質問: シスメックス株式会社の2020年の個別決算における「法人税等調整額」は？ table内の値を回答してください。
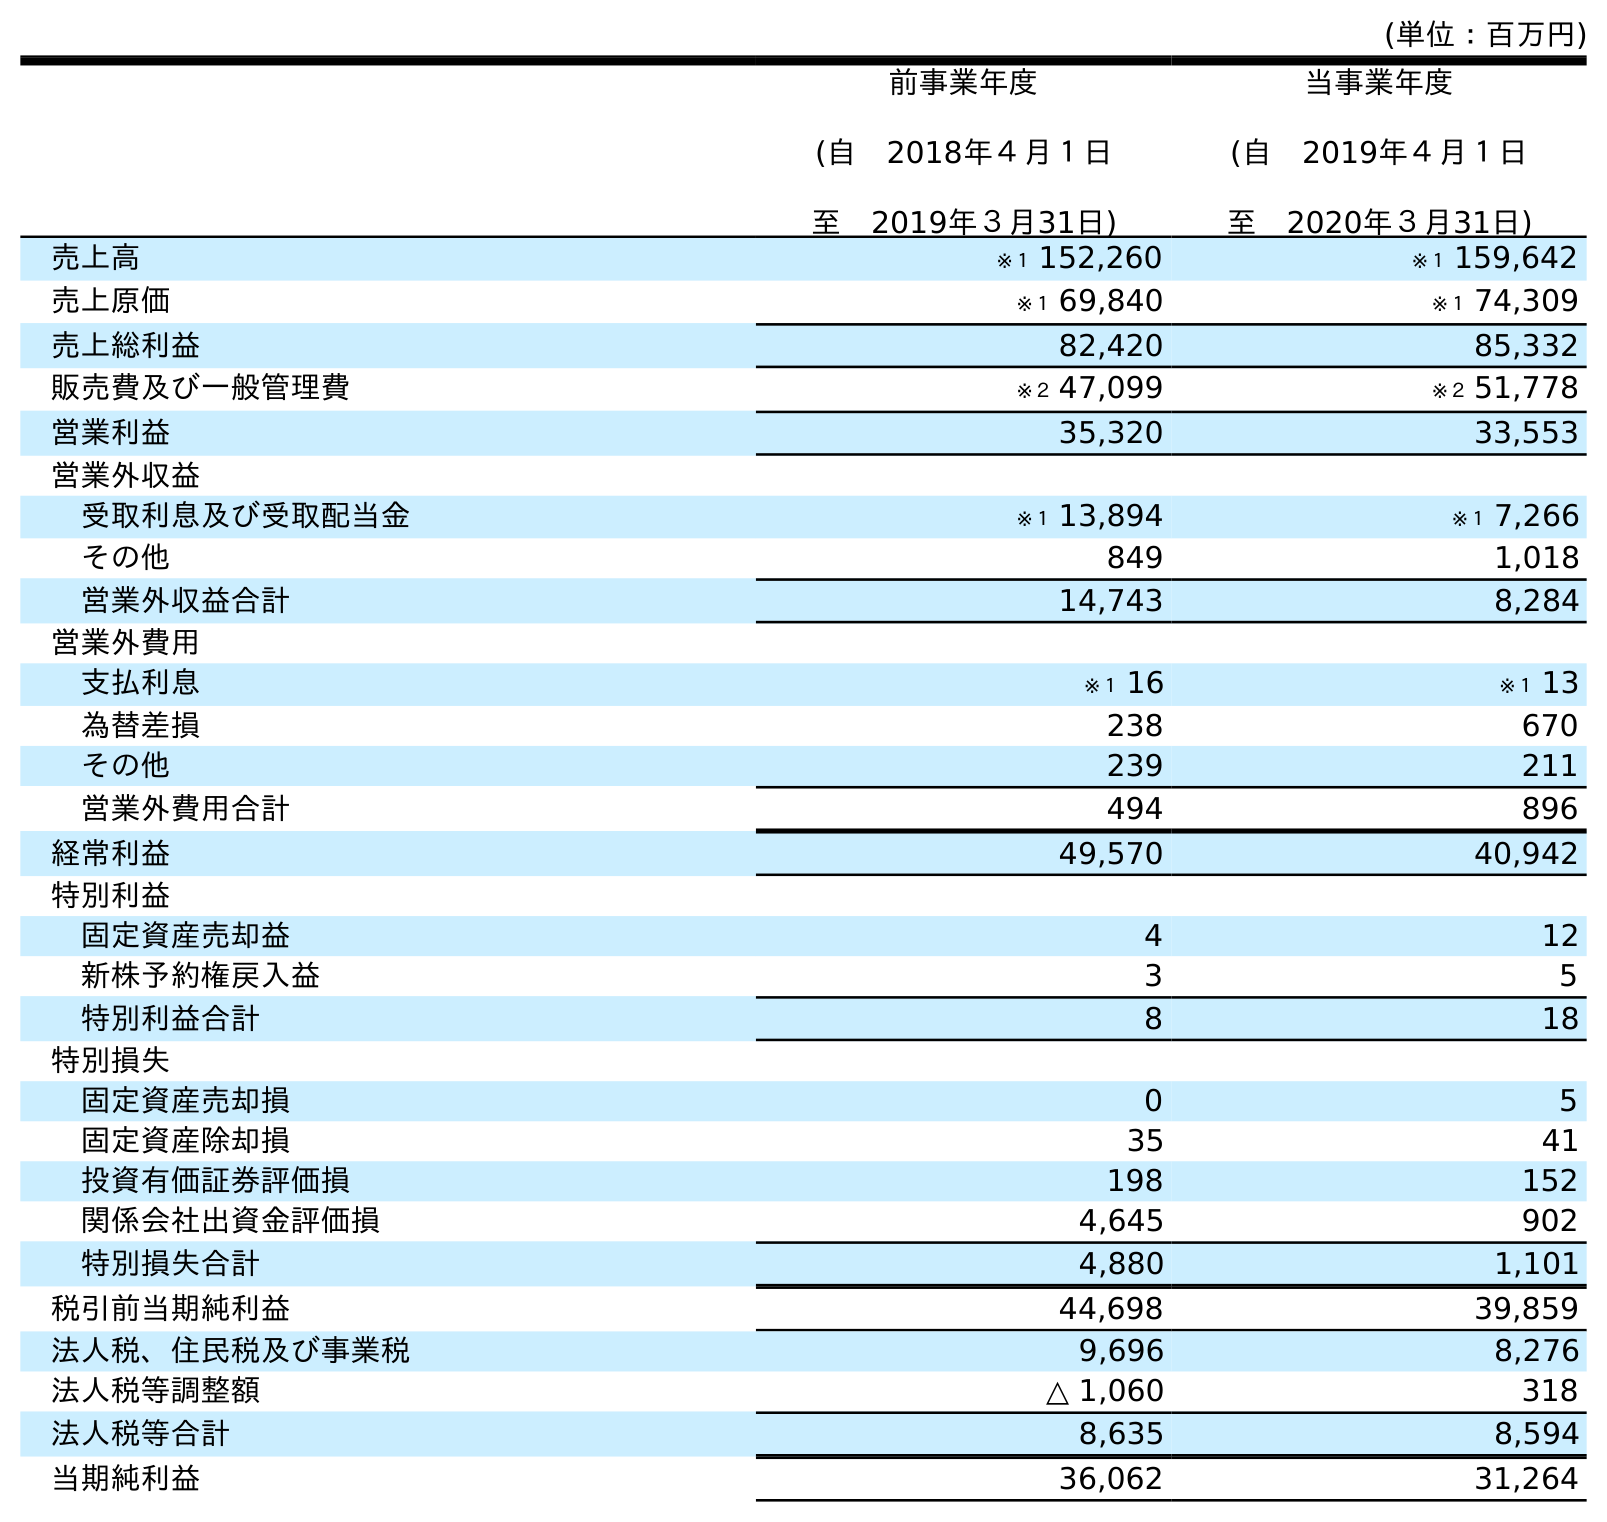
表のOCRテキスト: (単位：百万円) 前事業年度 (自 2018年４月１日 至 2019年３月31日) 当事業年度 (自 2019年４月１日 至 2020年３月31日) 売上高 ※１ 152,260 ※１ 159,642 売上原価 ※１ 69,840 ※１ 74,309 売上総利益 82,420 85,332 販売費及び一般管理費 ※２ 47,099 ※２ 51,778 営業利益 35,320 33,553 営業外収益 受取利息及び受取配当金 ※１ 13,894 ※１ 7,266 その他 849 1,018 営業外収益合計 14,743 8,284 営業外費用 支払利息 ※１ 16 ※１ 13 為替差損 238 670 その他 239 211 営業外費用合計 494 896 経常利益 49,570 40,942 特別利益 固定資産売却益 4 12 新株予約権戻入益 3 5 特別利益合計 8 18 特別損失 固定資産売却損 0 5 固定資産除却損 35 41 投資有価証券評価損 198 152 関係会社出資金評価損 4,645 902 特別損失合計 4,880 1,101 税引前当期純利益 44,698 39,859 法人税、住民税及び事業税 9,696 8,276 法人税等調整額 △ 1,060 318 法人税等合計 8,635 8,594 当期純利益 36,062 31,264
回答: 318